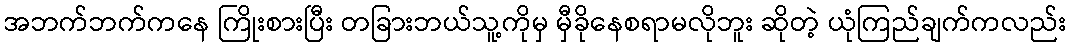
အဘက်ဘက်ကနေ ကြိုးစားပြီး တခြားဘယ်သူ့ကိုမှ မှီခိုနေစရာမလိုဘူး ဆိုတဲ့ ယုံကြည်ချက်ကလည်း